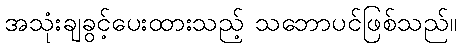
အသုံးချခွင့်ပေးထားသည့် သဘောပင်ဖြစ်သည်။